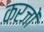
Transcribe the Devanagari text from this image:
करजों